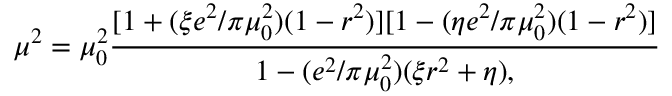
\mu ^ { 2 } = \mu _ { 0 } ^ { 2 } { \frac { [ 1 + ( \xi e ^ { 2 } / \pi \mu _ { 0 } ^ { 2 } ) ( 1 - r ^ { 2 } ) ] [ 1 - ( \eta e ^ { 2 } / \pi \mu _ { 0 } ^ { 2 } ) ( 1 - r ^ { 2 } ) ] } { 1 - ( e ^ { 2 } / \pi \mu _ { 0 } ^ { 2 } ) ( \xi r ^ { 2 } + \eta ) , } }